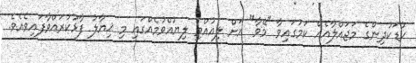
ކުޑަކުދިންގެ މަޖައްލާއެއް ކަމުގައިވާ "މޭވާ" އަށް ލިއުއްވި ލިޔުއްވުމެއްގައި މި ޚިޔާލު ފާޅުކުރައްވާފައިވެއެވެ.